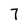
Character: 7